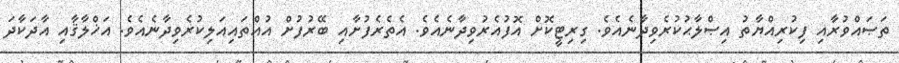
ތަޞައްވުރާއި ފިކުރިއްޔާތު އިޞްލާޙުކުރެވިދާނެއެވެ. ގިރިޓީކޮށް އޮފުއެރުވިދާނެއެވެ. އެތެރެފުށާއި ބޭރުފުށް އުއްތައިއަލިކުރެވިދާނެއެވެ. އަޚްލާޤާއި އާދަކާދަ